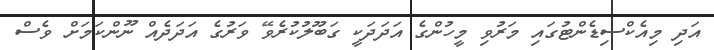
އަދި މިއެކްސިޑެންޓުގައި މަރުވި މީހުންގެ އަދަދަކީ ގަބޫލުކުރެވޭ ވަރުގެ އަދަދެއް ނޫންކަމަށް ވެސް